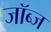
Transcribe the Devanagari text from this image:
जॉब्ज